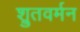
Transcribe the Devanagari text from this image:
श्रुतवर्मन